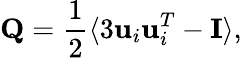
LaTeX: {\mathbf Q}=\frac{1}{2}\langle 3{\mathbf u_{i}\mathbf u_{i}^{T}}-{\mathbf I}\rangle,